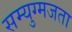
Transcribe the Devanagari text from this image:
सम्युग्मजता